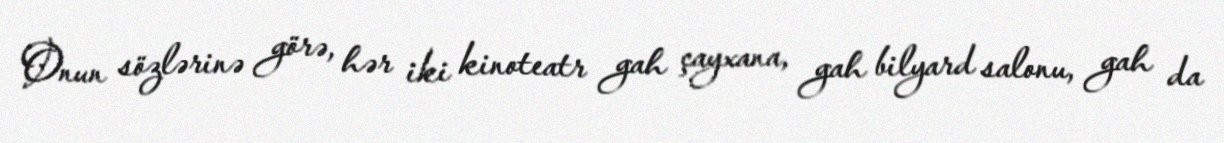
Onun sözlərinə görə, hər iki kinoteatr gah çayxana, gah bilyard salonu, gah da